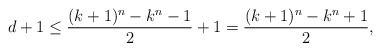
\begin{align*}d+1\leq \frac{(k+1)^n-k^n-1}{2}+1= \frac{(k+1)^n-k^n+1}{2},\end{align*}